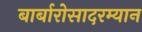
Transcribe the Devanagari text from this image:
बार्बारोसादरम्यान